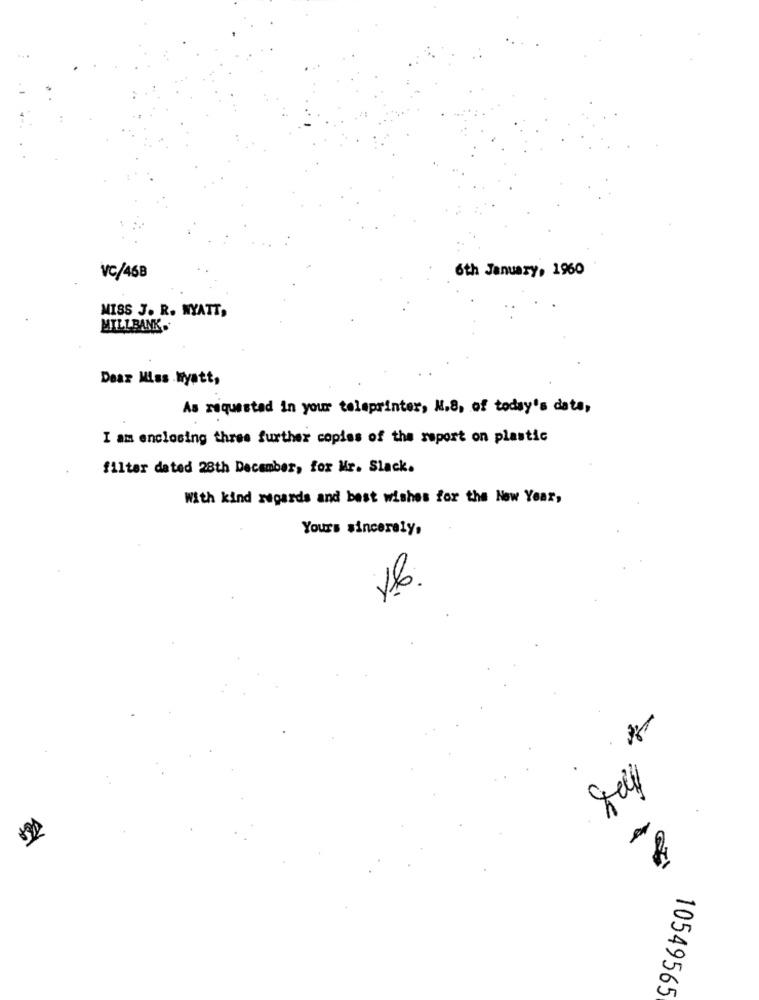
6th January, 1960
VC/46B
MISS J. R. WYATT,
MILLBANK.
Dear Miss Wyatt,
As requested in your teleprinter, H.S, of today's date,
I am enclosing three further copies of the report on plastic
filter dated 28th December, for Mr. Slack.
With kind regards and best wishes for the New Year,
Yours sincerely,
*
18
10549565